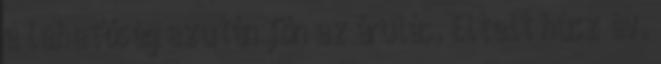
a lehetőség azután jön az árulás. Eltelt húsz év.